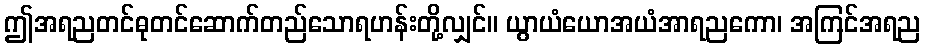
ဤအရညတင်ဓုတင်ဆောက်တည်သောရဟန်းတို့လျှင်။ ယွာယံယောအယံအာရညကော၊ အကြင်အရည